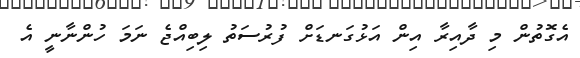
އެގޮތުން މި ދާއިރާ އިން އަޅުގަނޑަށް ފުރުސަތު ލިބިއްޖެ ނަމަ ހުންނާނީ އެ